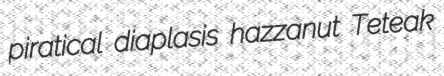
piratical diaplasis hazzanut Teteak